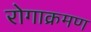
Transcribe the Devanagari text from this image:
रोगाक्रमण